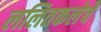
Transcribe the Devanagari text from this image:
ललितकलेचे